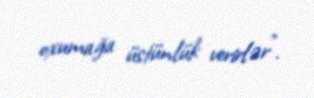
oxumağa üstünlük verirlər”.